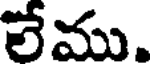
లేము.